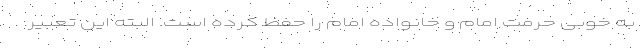
به خوبی حرمت امام و خانواده امام را حفظ کرده است. البته این تعبیر